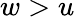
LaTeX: w>u